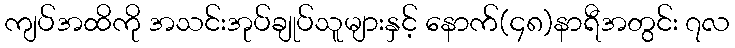
ကျပ်အထိကို အသင်းအုပ်ချုပ်သူများနှင့် နောက်(၄၈)နာရီအတွင်း ၇လ